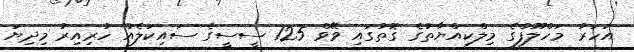
އަހަރު މަހްލޫފްގެ މިލްކިއްޔާތުގެ ގޮތުގައި ވޭވް 125 ސީސީގެ ސައިކަލެއް ހުރިއިރު މިދިޔަ